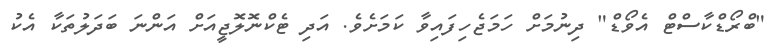
"ބްރޯޑްކާސްޓް އެވޯޑް" ދިނުމަށް ހަމަޖެހިފައިވާ ކަމަށެވެ. އަދި ޓެކްނޮލޮޖީއަށް އަންނަ ބަދަލުތަކާ އެކު